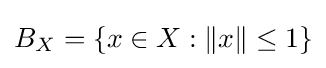
B_{X}=\{x\in X:\|x\|\leq 1\}